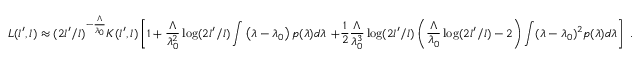
L ( l ^ { \prime } , l ) \approx ( 2 l ^ { \prime } / l ) ^ { - \frac { \Lambda } { \lambda _ { 0 } } } K ( l ^ { \prime } , l ) \left[ 1 + \frac { \Lambda } { \lambda _ { 0 } ^ { 2 } } \log ( 2 l ^ { \prime } / l ) \int \left( \lambda - \lambda _ { 0 } \right) p ( \lambda ) d \lambda \right. \left. + \frac { 1 } { 2 } \frac { \Lambda } { \lambda _ { 0 } ^ { 3 } } \log ( 2 l ^ { \prime } / l ) \left( \frac { \Lambda } { \lambda _ { 0 } } \log ( 2 l ^ { \prime } / l ) - 2 \right) \int ( \lambda - \lambda _ { 0 } ) ^ { 2 } p ( \lambda ) d \lambda \right] \ .